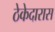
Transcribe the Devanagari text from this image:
ठेकेदारास